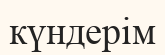
күндерім